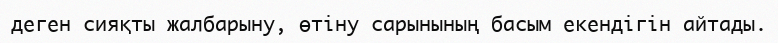
деген сияқты жалбарыну, өтiну сарынының басым екендiгiн айтады.